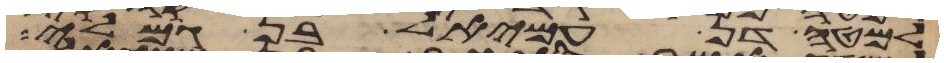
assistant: למטה דן עמיאל בן גמלי